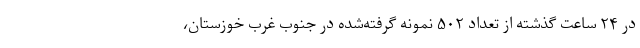
در ۲۴ ساعت گذشته از تعداد ۵۰۲ نمونه گرفته‌شده در جنوب غرب خوزستان،